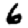
Digit: 6